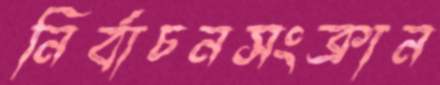
নির্বাচনসংক্রান